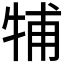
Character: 𤙭